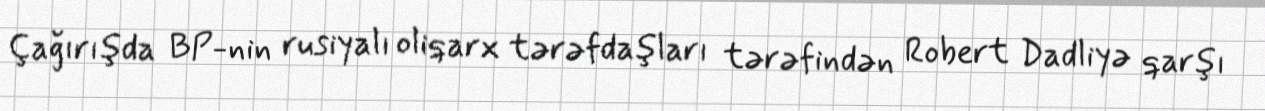
Çağırışda BP-nin rusiyalı oliqarx tərəfdaşları tərəfindən Robert Dadliyə qarşı